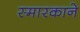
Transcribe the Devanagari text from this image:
स्मारकाने